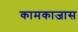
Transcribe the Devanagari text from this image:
कामकाजास